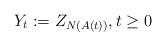
LaTeX: \begin{align*}Y_t:=Z_{N(A(t))},t\ge0\end{align*}